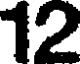
12